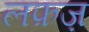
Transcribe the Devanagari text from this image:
लफ़ज़